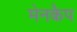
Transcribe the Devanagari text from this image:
मेनकैप